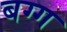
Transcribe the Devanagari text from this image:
बग्ग